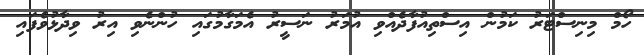
ހޯމް މިނިސްޓަރު ކަމުން އިސްތިއުފާދެއްވި އުމަރު ނަސީރު އެމަގާމުގައި ހުންނެވި އިރު ވިދާޅުވެފައި